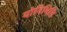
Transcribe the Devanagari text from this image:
योनिभित्ति